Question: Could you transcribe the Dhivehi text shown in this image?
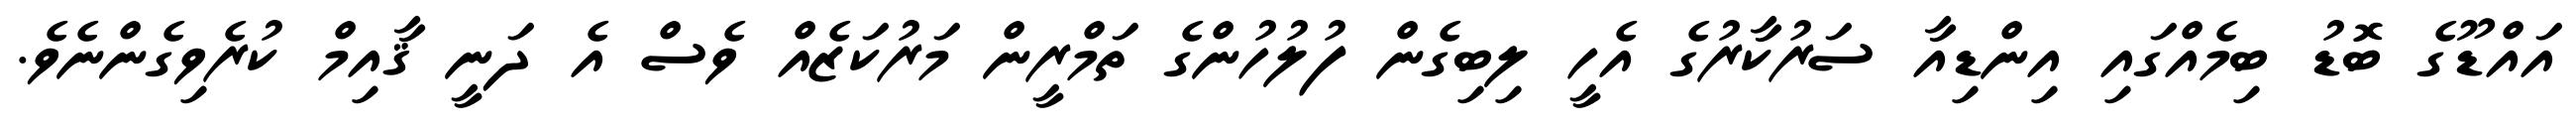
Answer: އައްޑޫގެ ބޮޑު ބިމެއްގައި އިންޑިއާ ސަރުކާރުގެ އެހީ ލިބިގެން ފުލުހުންގެ ތަމްރީން މަރުކަޒެއް ވެސް އެ ދަނީ ޤާއިމް ކުރެވިގެންނެވެ.